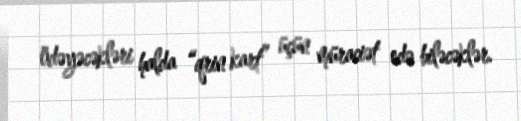
ödəyəcəkləri halda “qrin kart” üçün müraciət edə biləcəklər.